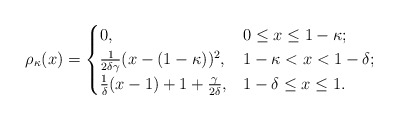
\begin{align*}\rho_\kappa(x)=\begin{cases}0, & 0\leq x \leq 1-\kappa;\\\frac{1}{2\delta\gamma}(x-(1-\kappa))^2, & 1-\kappa<x<1-\delta; \\\frac{1}{\delta}(x-1)+1+\frac{\gamma}{2\delta}, & 1-\delta\leq x\leq 1.\end{cases}\end{align*}